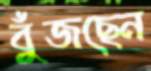
বুঁজছেন